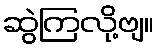
ဆွဲကြလို့ဗျ။